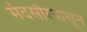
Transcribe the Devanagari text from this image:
मंदसौरपासून